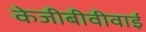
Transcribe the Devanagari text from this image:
केजीबीवीवाई